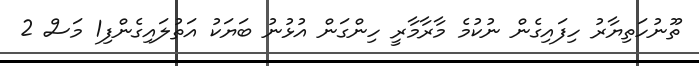
ތޫނުހަތިޔާރު ހިފައިގެން ނުކުމެ މާރާމާރީ ހިންގަން އުޅުނު ބަޔަކު އަތުލައިގެންފި1 މަސް 2